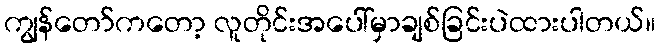
ကျွန်တော်ကတော့ လူတိုင်းအပေါ်မှာချစ်ခြင်းပဲထားပါတယ်။